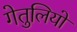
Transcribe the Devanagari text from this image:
गेतुलियो